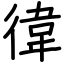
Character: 徫